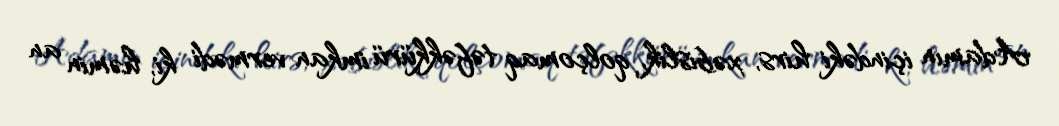
Adamın içindəki hirs, xəbislik, qolçomaq təfəkkürü imkan vermədi ki, həmin an